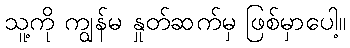
သူ့ကို ကျွန်မ နှုတ်ဆက်မှ ဖြစ်မှာပေါ့။